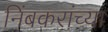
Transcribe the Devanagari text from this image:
निंबकरांच्या